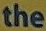
the